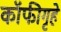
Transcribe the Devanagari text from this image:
कॉफीगृहे